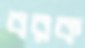
বরক